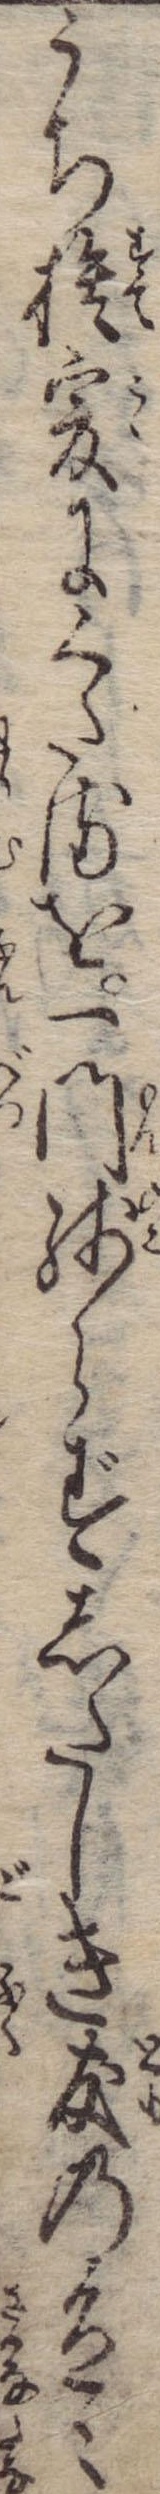
うち捨爰にくだるを一門残らずしたしき友の色々